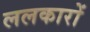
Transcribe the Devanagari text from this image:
ललकारों